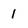
Character: 1